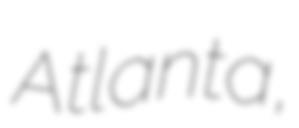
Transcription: Atlanta,